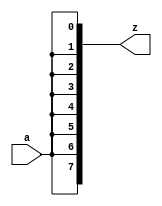
module Replicater_8B (a, z);
    input a;
    output[7:0] z;

    assign z[0] = a;
    assign z[1] = a;
    assign z[2] = a;
    assign z[3] = a;
    assign z[4] = a;
    assign z[5] = a;
    assign z[6] = a;
    assign z[7] = a;
    

endmodule